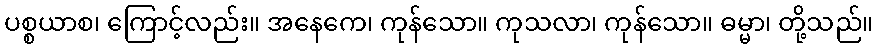
ပစ္စယာစ၊ ကြောင့်လည်း။ အနေကေ၊ ကုန်သော။ ကုသလာ၊ ကုန်သော။ ဓမ္မာ၊ တို့သည်။